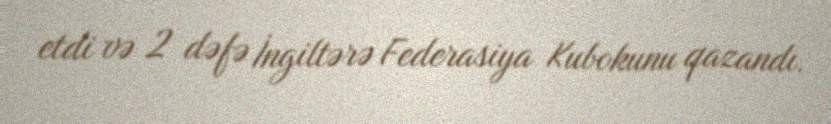
etdi və 2 dəfə İngiltərə Federasiya Kubokunu qazandı.